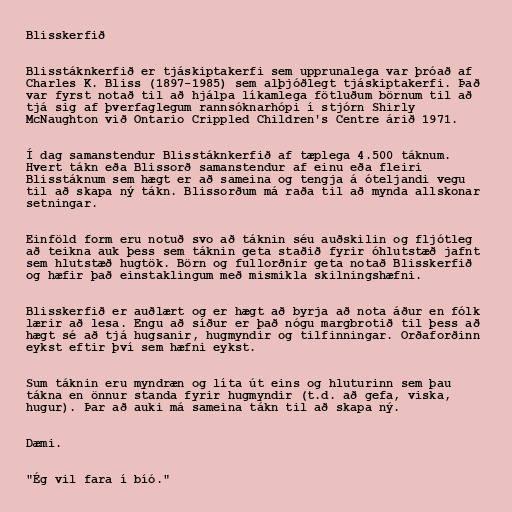
Blisskerfið

Blisstáknkerfið er tjáskiptakerfi sem upprunalega var þróað af
Charles K. Bliss (1897-1985) sem alþjóðlegt tjáskiptakerfi. Það
var fyrst notað til að hjálpa líkamlega fötluðum börnum til að
tjá sig af þverfaglegum rannsóknarhópi í stjórn Shirly
McNaughton við Ontario Crippled Children's Centre árið 1971.

Í dag samanstendur Blisstáknkerfið af tæplega 4.500 táknum.
Hvert tákn eða Blissorð samanstendur af einu eða fleiri
Blisstáknum sem hægt er að sameina og tengja á óteljandi vegu
til að skapa ný tákn. Blissorðum má raða til að mynda allskonar
setningar.

Einföld form eru notuð svo að táknin séu auðskilin og fljótleg
að teikna auk þess sem táknin geta staðið fyrir óhlutstæð jafnt
sem hlutstæð hugtök. Börn og fullorðnir geta notað Blisskerfið
og hæfir það einstaklingum með mismikla skilningshæfni.

Blisskerfið er auðlært og er hægt að byrja að nota áður en fólk
lærir að lesa. Engu að síður er það nógu margbrotið til þess að
hægt sé að tjá hugsanir, hugmyndir og tilfinningar. Orðaforðinn
eykst eftir því sem hæfni eykst.

Sum táknin eru myndræn og líta út eins og hluturinn sem þau
tákna en önnur standa fyrir hugmyndir (t.d. að gefa, viska,
hugur). Þar að auki má sameina tákn til að skapa ný.

Dæmi.

"Ég vil fara í bíó."